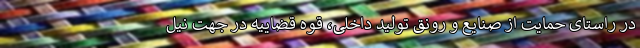
در راستای حمایت از صنایع و رونق تولید داخلی، قوه قضاییه در جهت نیل